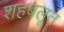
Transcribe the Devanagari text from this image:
शहबलूत